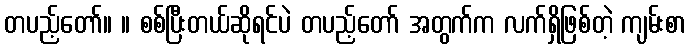
တပည့်တော်။ ။ စစ်ပြီးတယ်ဆိုရင်ပဲ တပည့်တော် အတွက်က လက်ရှိဖြစ်တဲ့ ကျမ်းစာ